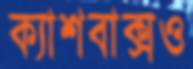
ক্যাশবাক্সও